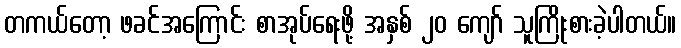
တကယ်တော့ ဖခင်အကြောင်း စာအုပ်ရေးဖို့ အနှစ် ၂၀ ကျော် သူကြိုးစားခဲ့ပါတယ်။